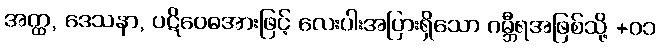
အတ္ထ, ဒေသနာ, ပဋိဝေဓအားဖြင့် လေးပါးအပြားရှိသော ဂမ္ဘီရအဖြစ်သို့ +၀၁